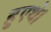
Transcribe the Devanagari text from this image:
हुएथे।